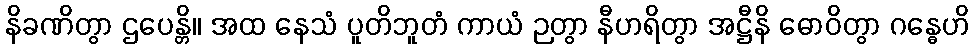
နိခဏိတွာ ဌပေန္တိ။ အထ နေသံ ပူတိဘူတံ ကာယံ ဉတွာ နီဟရိတွာ အဋ္ဌီနိ ဓောဝိတွာ ဂန္ဓေဟိ